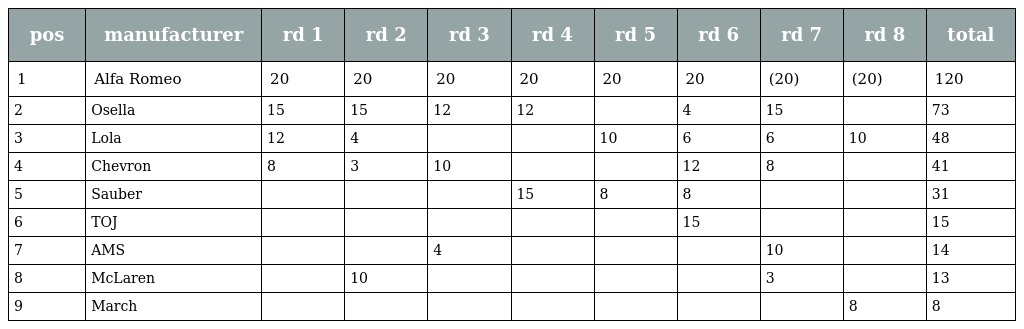
| pos | manufacturer | rd 1 | rd 2 | rd 3 | rd 4 | rd 5 | rd 6 | rd 7 | rd 8 | total |
 | --- | --- | --- | --- | --- | --- | --- | --- | --- | --- | --- |
 | 1 | Alfa Romeo | 20 | 20 | 20 | 20 | 20 | 20 | (20) | (20) | 120 |
 | 2 | Osella | 15 | 15 | 12 | 12 |  | 4 | 15 |  | 73 |
 | 3 | Lola | 12 | 4 |  |  | 10 | 6 | 6 | 10 | 48 |
 | 4 | Chevron | 8 | 3 | 10 |  |  | 12 | 8 |  | 41 |
 | 5 | Sauber |  |  |  | 15 | 8 | 8 |  |  | 31 |
 | 6 | TOJ |  |  |  |  |  | 15 |  |  | 15 |
 | 7 | AMS |  |  | 4 |  |  |  | 10 |  | 14 |
 | 8 | McLaren |  | 10 |  |  |  |  | 3 |  | 13 |
 | 9 | March |  |  |  |  |  |  |  | 8 | 8 |